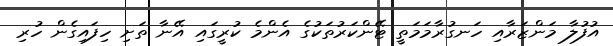
އުފުލާ މަންޒަރާއި ހަނގުރާމަމަތީ ޓޭންކަރުތަކުގެ އެންމެ ކުރީގައި އޭނާ ތަށި ހިފައިގެން ހުރި